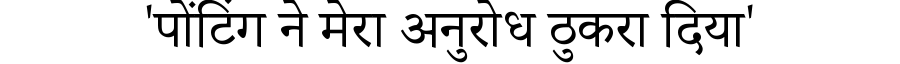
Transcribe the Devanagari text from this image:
'पोंटिंग ने मेरा अनुरोध ठुकरा दिया'